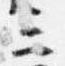
三